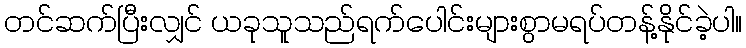
တင်ဆက်ပြီးလျှင် ယခုသူသည်ရက်ပေါင်းများစွာမရပ်တန့်နိုင်ခဲ့ပါ။